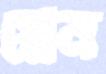
গ্লেন